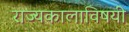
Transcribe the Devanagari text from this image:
राज्यकालाविषयी